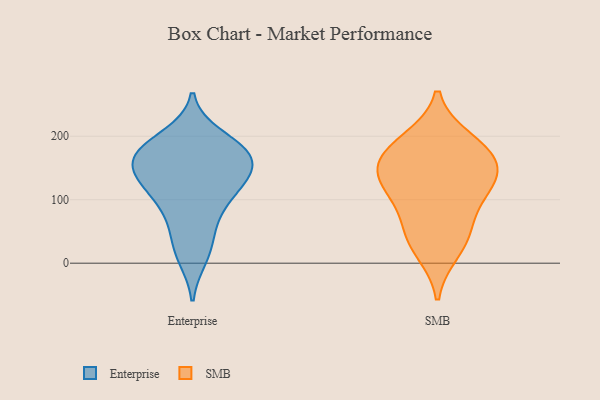
{"axis": {"x": "Satisfaction Score", "y": "Value"}, "legend": ["Enterprise", "SMB"], "data": [{"x": "", "y": 129, "type": "Enterprise"}, {"x": "", "y": 136, "type": "Enterprise"}, {"x": "", "y": 22, "type": "Enterprise"}, {"x": "", "y": 10, "type": "Enterprise"}, {"x": "", "y": 132, "type": "Enterprise"}, {"x": "", "y": 110, "type": "Enterprise"}, {"x": "", "y": 169, "type": "Enterprise"}, {"x": "", "y": 143, "type": "Enterprise"}, {"x": "", "y": 199, "type": "Enterprise"}, {"x": "", "y": 163, "type": "Enterprise"}, {"x": "", "y": 78, "type": "Enterprise"}, {"x": "", "y": 183, "type": "Enterprise"}, {"x": "", "y": 176, "type": "Enterprise"}, {"x": "", "y": 180, "type": "Enterprise"}, {"x": "", "y": 53, "type": "Enterprise"}, {"x": "", "y": 167, "type": "Enterprise"}, {"x": "", "y": 99, "type": "Enterprise"}, {"x": "", "y": 19, "type": "SMB"}, {"x": "", "y": 109, "type": "SMB"}, {"x": "", "y": 160, "type": "SMB"}, {"x": "", "y": 123, "type": "SMB"}, {"x": "", "y": 158, "type": "SMB"}, {"x": "", "y": 153, "type": "SMB"}, {"x": "", "y": 194, "type": "SMB"}, {"x": "", "y": 57, "type": "SMB"}, {"x": "", "y": 186, "type": "SMB"}, {"x": "", "y": 116, "type": "SMB"}, {"x": "", "y": 45, "type": "SMB"}]}